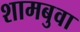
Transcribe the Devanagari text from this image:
शामबुवा